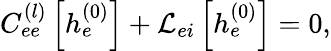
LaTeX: \begin{array}{r}{C_{ee}^{(l)}\left[h_{e}^{(0)}\right]+\mathcal{L}_{ei}\left[h_{e}^{(0)}\right]=0,}\end{array}